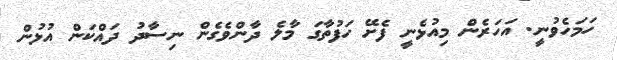
ހަމަހެވުނީ. އަހަރެން މިއުޅެނީ ފެށޭ ހަފުތާގަ މާލެ ދާންވެގެން ނިސާދު ދައްކަން އުޅުން